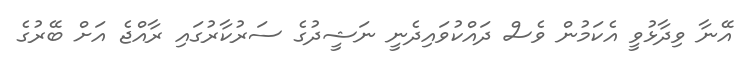
އޭނާ ވިދާޅުވީ އެކަމުން ވެސް ދައްކުވައިދެނީ ނަޝީދުގެ ސަރުކާރުގައި ރާއްޖެ އަށް ބޭރުގެ